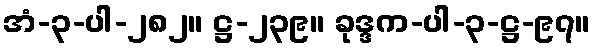
အံ-၃-ပါ-၂၈၂။ ဋ္ဌ-၂၃၉။ ခုဒ္ဒက-ပါ-၃-ဋ္ဌ-၉၇။